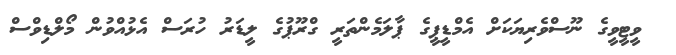
ވީޓީވީގެ ނޫސްވެރިޔަކަށް އެމްޑީޕީގެ ޕާލަމެންތަރީ ގްރޫޕުގެ ލީޑަރު ހުރަސް އެޅުއްވުން މޯލްޑިވްސް